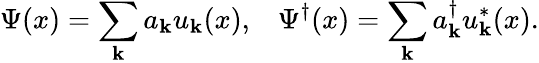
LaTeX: \Psi(x)=\sum_{\mathbf{k}}a_{\mathbf{k}}u_{\mathbf{k}}(x),\; \; \; \Psi^{\dagger}(x)=\sum_{\mathbf{k}}a_{\mathbf{k}}^{\dagger}u_{\mathbf{k}}^{*}(x).